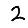
Digit: 2